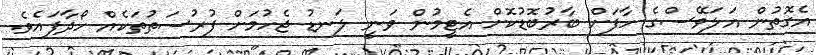
އެގޮތުން އަލަވޭސްގެ ހާފަށް ބާރުބޮޑުކޮށް އެޓީމުން ވަނީ ލަނޑު ޖެހުމަށް ފުރުސަތުތަކެއް ހޯދާފައެވެ.